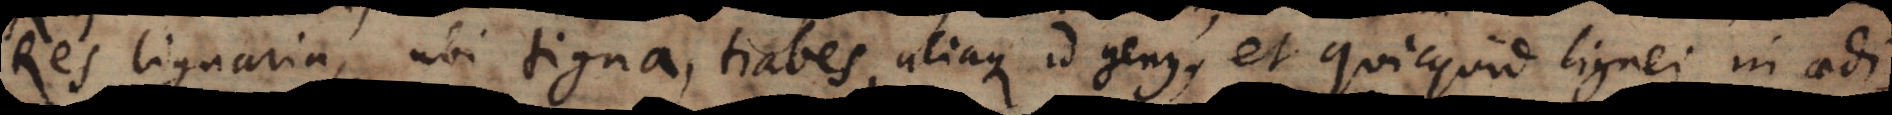
Res lignaria, ubi tigna, trabes, aliaque id genus, et quicquid lignei in aedi